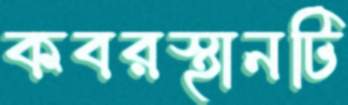
কবরস্থানটি